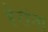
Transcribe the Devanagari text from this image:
हेरांना